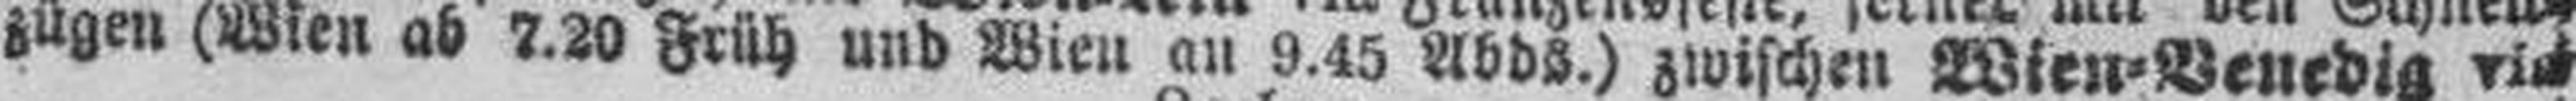
zügen (Wien ab 7.20 Früh und Wien an 9.45 Abds.) zwischen Wien=Venedig via